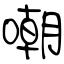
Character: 嘲